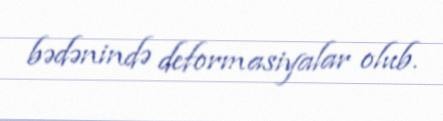
bədənində deformasiyalar olub.